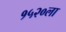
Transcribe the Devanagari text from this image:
१५२०ला